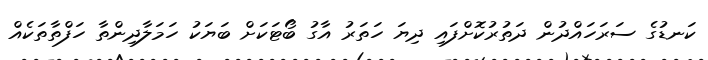
ކަނޑުގެ ސަރަހައްދުން ދަތުރުކޮށްފައި ދިޔަ ހަތަރު އާގު ބޯޓަކަށް ބަޔަކު ހަމަލާދިންތާ ހަފްތާތަކެއް